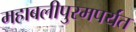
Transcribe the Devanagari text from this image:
महाबलीपुरमपर्यंत